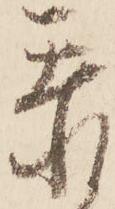
忝